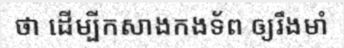
ថា ដើម្បីកសាងកងទ័ព ឲ្យរឹងមាំ